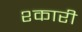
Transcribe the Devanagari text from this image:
श्कारी